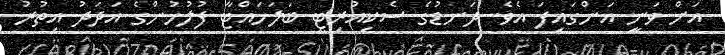
އަށް ވަނީ އަންގައިފަ އެވެ. ދަނޑުގެ ސެކިއުރިޓީ ބަލަހައްޓާ ފުލުހުންގެ އަދަދު އިތުރު